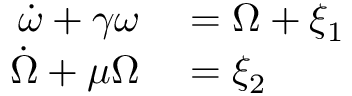
\begin{array} { r l } { \dot { \omega } + \gamma \omega } & { { } = \Omega + \xi _ { 1 } } \\ { \dot { \Omega } + \mu \Omega } & { { } = \xi _ { 2 } } \end{array}